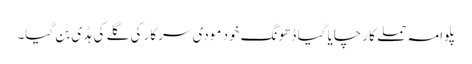
پلوامہ حملے کا رچایا گیا ڈھونگ خود مودی سرکار کی گلے کی ہڈی بن گیا۔